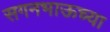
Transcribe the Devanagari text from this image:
सगनभाऊच्या